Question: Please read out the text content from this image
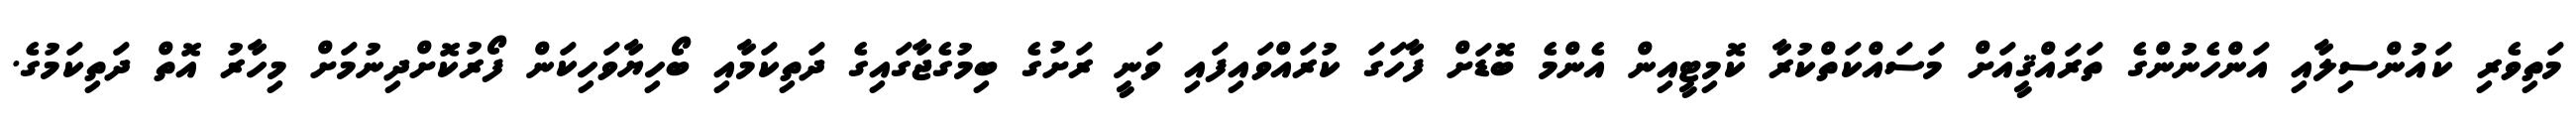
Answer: މަތިވެރި ކައުންސިލާއި އަންހެނުންގެ ތަރައްޤީއަށް މަސައްކަތްކުރާ ކޮމިޓީއިން އެންމެ ބޮޑަށް ފާހަގަ ކުރައްވައިފައި ވަނީ ރަށުގެ ބިމުގެޖާގައިގެ ދަތިކަމާއި ބޯހިޔާވަހިކަން ފޯރުކޮށްދިނުމަށް މިހާރު އޮތް ދަތިކަމުގެ.